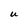
Character: U